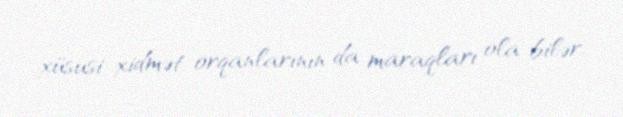
xüsusi xidmət orqanlarının da maraqları ola bilər.